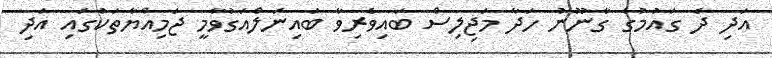
އަދި ދެ ގައުމުގެ ގާނޫނު ހަދާ މަޖިލިސް ބައިވެރިވާ ބައިނަލްއަގުވާމީ ޖަމިއްޔާތަކުގައި އަދި